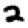
Digit: 2